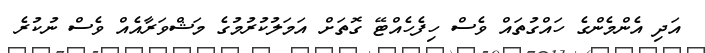
އަދި އެންމެންގެ ހައްގުތައް ވެސް ހިފެހެއްޓޭ ގޮތަށް އަމަލުކުރުމުގެ މަޝްވަރާއެއް ވެސް ނުކުރެ